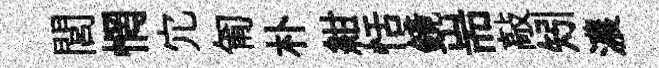
閭惘宂匍朴紺恬鏡耑敲矧濃